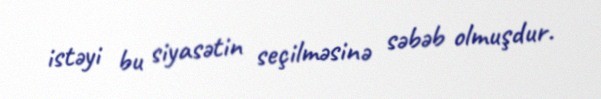
istəyi bu siyasətin seçilməsinə səbəb olmuşdur.